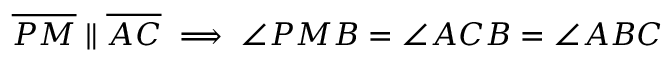
{ \overline { { P M } } } \parallel { \overline { { A C } } } \implies \angle P M B = \angle A C B = \angle A B C